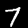
Digit: 7